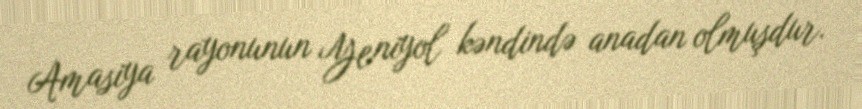
Amasiya rayonunun Yeniyol kəndində anadan olmuşdur.